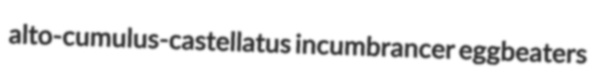
alto-cumulus-castellatus incumbrancer eggbeaters